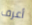
أعرف